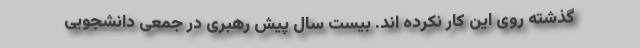
گذشته روی این کار نکرده اند. بیست سال پیش رهبری در جمعی دانشجویی